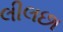
લીલછા